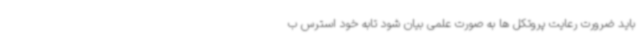
باید ضرورت رعایت پروتکل ها به صورت علمی بیان شود تابه خود استرس ب